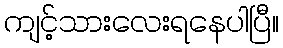
ကျင့်သားလေးရနေပါပြီ။